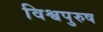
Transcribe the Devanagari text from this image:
विश्वपुरुष